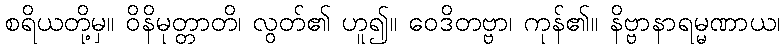
စရိယတို့မှ။ ဝိနိမုတ္တာတိ၊ လွတ်၏ ဟူ၍။ ဝေဒိတဗ္ဗာ၊ ကုန်၏။ နိဗ္ဗာနာရမ္မဏာယ၊